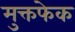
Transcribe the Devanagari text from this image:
मुक्तफेक